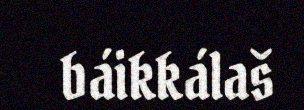
báikkálaš